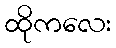
ထိုကလေး